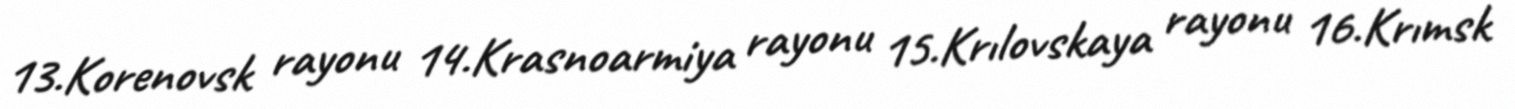
13.Korenovsk rayonu 14.Krasnoarmiya rayonu 15.Krılovskaya rayonu 16.Krımsk